Indian journal of veterinary science and animal husbandry - Volumes 18-21, 1948-1951
Year: 1948
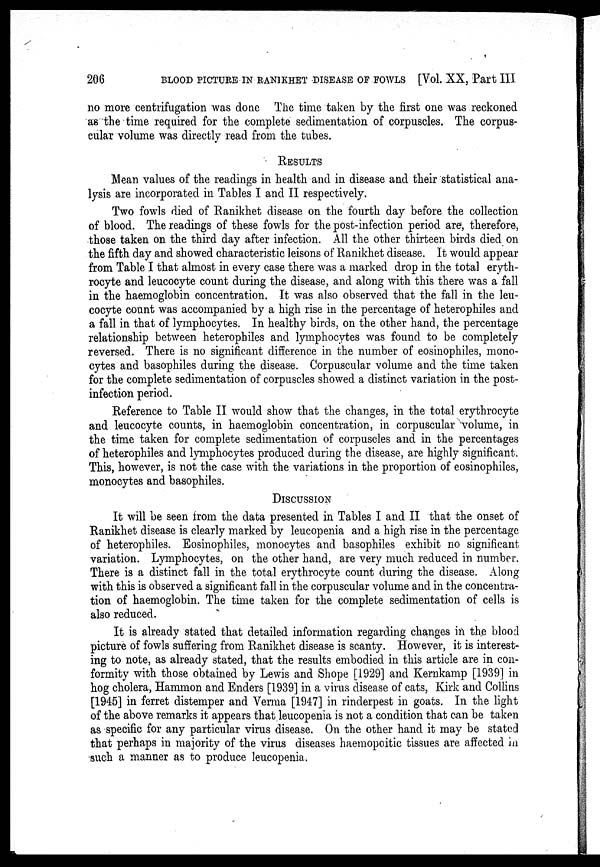
206
BLOOD PICTURE IN RANIKHET DISEASE OF FOWLS [Vol. XX, Part III
no more centrifugation was done The time taken by the first one was reckoned
as the time required for the complete sedimentation of corpuscles. The corpus-
cular volume was directly read from the tubes.
RESULTS
Mean values of the readings in health and in disease and their statistical ana-
lysis are incorporated in Tables I and II respectively.
Two fowls died of Ranikhet disease on the fourth day before the collection
of blood. The readings of these fowls for the post-infection period are, therefore,
those taken on the third day after infection. All the other thirteen birds died on
the fifth day and showed characteristic leisons of Ranikhet disease. It would appear
from Table I that almost in every case there was a marked drop in the total eryth-
rocyte and leucocyte count during the disease, and along with this there was a fall
in the haemoglobin concentration. It was also observed that the fall in the leu-
cocyte count was accompanied by a high rise in the percentage of heterophiles and
a fall in that of lymphocytes. In healthy birds, on the other hand, the percentage
relationship between heterophiles and lymphocytes was found to be completely
reversed. There is no significant difference in the number of eosinophiles, mono-
cytes and basophiles during the disease. Corpuscular volume and the time taken
for the complete sedimentation of corpuscles showed a distinct variation in the post-
infection period.
Reference to Table II would show that the changes, in the total erythrocyte
and leucocyte counts, in haemoglobin concentration, in corpuscular volume, in
the time taken for complete sedimentation of corpuscles and in the percentages
of heterophiles and lymphocytes produced during the disease, are highly significant.
This, however, is not the case with the variations in the proportion of eosinophiles,
monocytes and basophiles.
DISCUSSION
It will be seen from the data presented in Tables I and II that the onset of
Ranikhet disease is clearly marked by leucopenia and a high rise in the percentage
of heterophiles. Eosinophiles, monocytes and basophiles exhibit no significant
variation. Lymphocytes, on the other hand, are very much reduced in number.
There is a distinct fall in the total erythrocyte count during the disease. Along
with this is observed a significant fall in the corpuscular volume and in the concentra-
tion of haemoglobin. The time taken for the complete sedimentation of cells is
also reduced.
It is already stated that detailed information regarding changes in the blood
picture of fowls suffering from Ranikhet disease is scanty. However, it is interest-
ing to note, as already stated, that the results embodied in this article are in con-
formity with those obtained by Lewis and Shope [1929] and Kernkamp [1939] in
hog cholera, Hammon and Enders [1939] in a virus disease of cats, Kirk and Collins
[1945] in ferret distemper and Verma [1947] in rinderpest in goats. In the light
of the above remarks it appears that leucopenia is not a condition that can be taken
as specific for any particular virus disease. On the other hand it may be stated
that perhaps in majority of the virus diseases haemopoitic tissues are affected in
such a manner as to produce leucopenia.